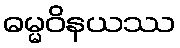
ဓမ္မဝိနယဿ